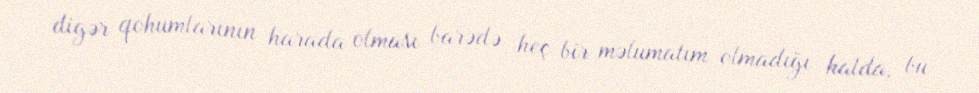
digər qohumlarının harada olması barədə heç bir məlumatım olmadığı halda, bu